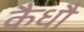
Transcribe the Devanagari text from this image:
कैधौ